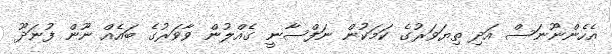
އެހެންނޫނަސް އަދި ތިޔަވަރުގެ ކަމަކުން ނަފްސާނީ ގެއްލުން ވާވަރުގެ ބައެއް ނޫން ފުނަދޫ